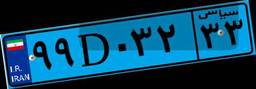
۹۲D۴۰۶۱۰